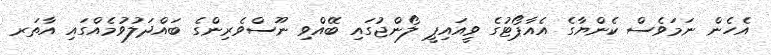
އެހެން ނަމަވެސް ކެންޔާގެ އެއާޕޯޓުގެ ވީއައިޕީ ލޯންޖުގައި ބޭއްވި ނޫސްވެރިންގެ ބައްދަލުވުމެއްގައި އާތަރ